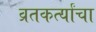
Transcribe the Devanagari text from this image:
व्रतकर्त्यांचा